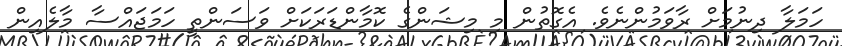
ހަމަލާ ދިނުމަށް ރާވަމުންނެވެ. އެގޮތުން މި މިޝަންގެ ކޮމާންޑަރަކަށް ވަސަންތީ ހަމަޖައްސާ މާލެއިން